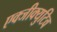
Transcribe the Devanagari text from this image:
एक्जीक्युटिव